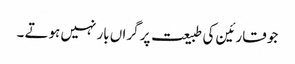
جو قارئین کی طبیعت پر گراں بار نہیں ہوتے ۔